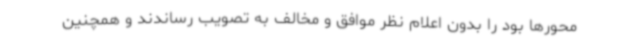
محورها بود را بدون اعلام نظر موافق و مخالف به تصویب رساندند و همچنین